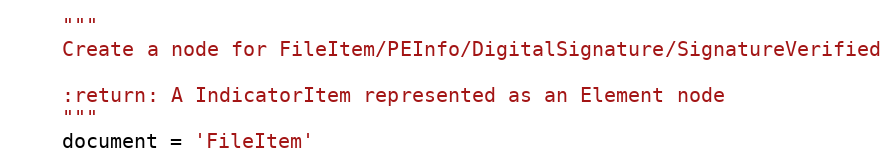
Language: Python
    """
    Create a node for FileItem/PEInfo/DigitalSignature/SignatureVerified

    :return: A IndicatorItem represented as an Element node
    """
    document = 'FileItem'